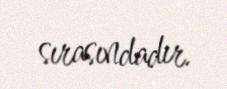
sırasındadır.